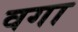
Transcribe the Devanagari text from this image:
वगा